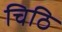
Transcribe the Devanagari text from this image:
चिठि